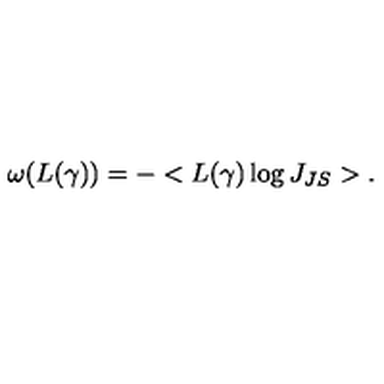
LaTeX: \omega ( L ( \gamma ) ) = - < L ( \gamma ) \log J _ { J S } > .